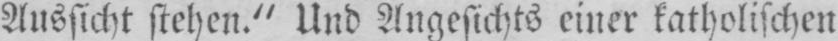
Aussicht stehen.“ Und Angesichts einer katholischen